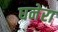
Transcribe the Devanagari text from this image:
घनेरा